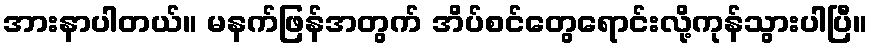
အားနာပါတယ်။ မနက်ဖြန်အတွက် အိပ်စင်တွေရောင်းလို့ကုန်သွားပါပြီ။